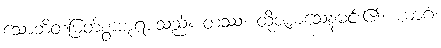
သောဘိတမြတ်စွာဘုရားသည်။ တဿ၊ ထိုဇယသေနမင်း၏။ ယာဂံ၊